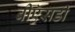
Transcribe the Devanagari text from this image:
बीऍसडी